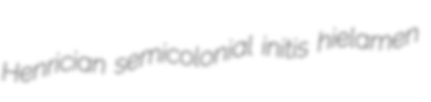
Henrician semicolonial initis hielamen